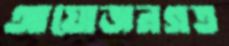
আয়োজনগত